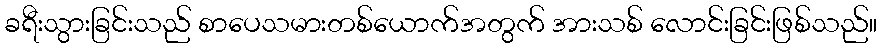
ခရီးသွားခြင်းသည် စာပေသမားတစ်ယောက်အတွက် အားသစ် လောင်းခြင်းဖြစ်သည်။